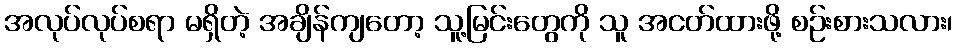
အလုပ်လုပ်စရာ မရှိတဲ့ အချိန်ကျတော့ သူ့မြင်းတွေကို သူ အငတ်ထားဖို့ စဉ်းစားသလား၊